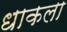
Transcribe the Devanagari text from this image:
धाकला